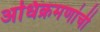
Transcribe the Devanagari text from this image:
अधिक्रमणांची